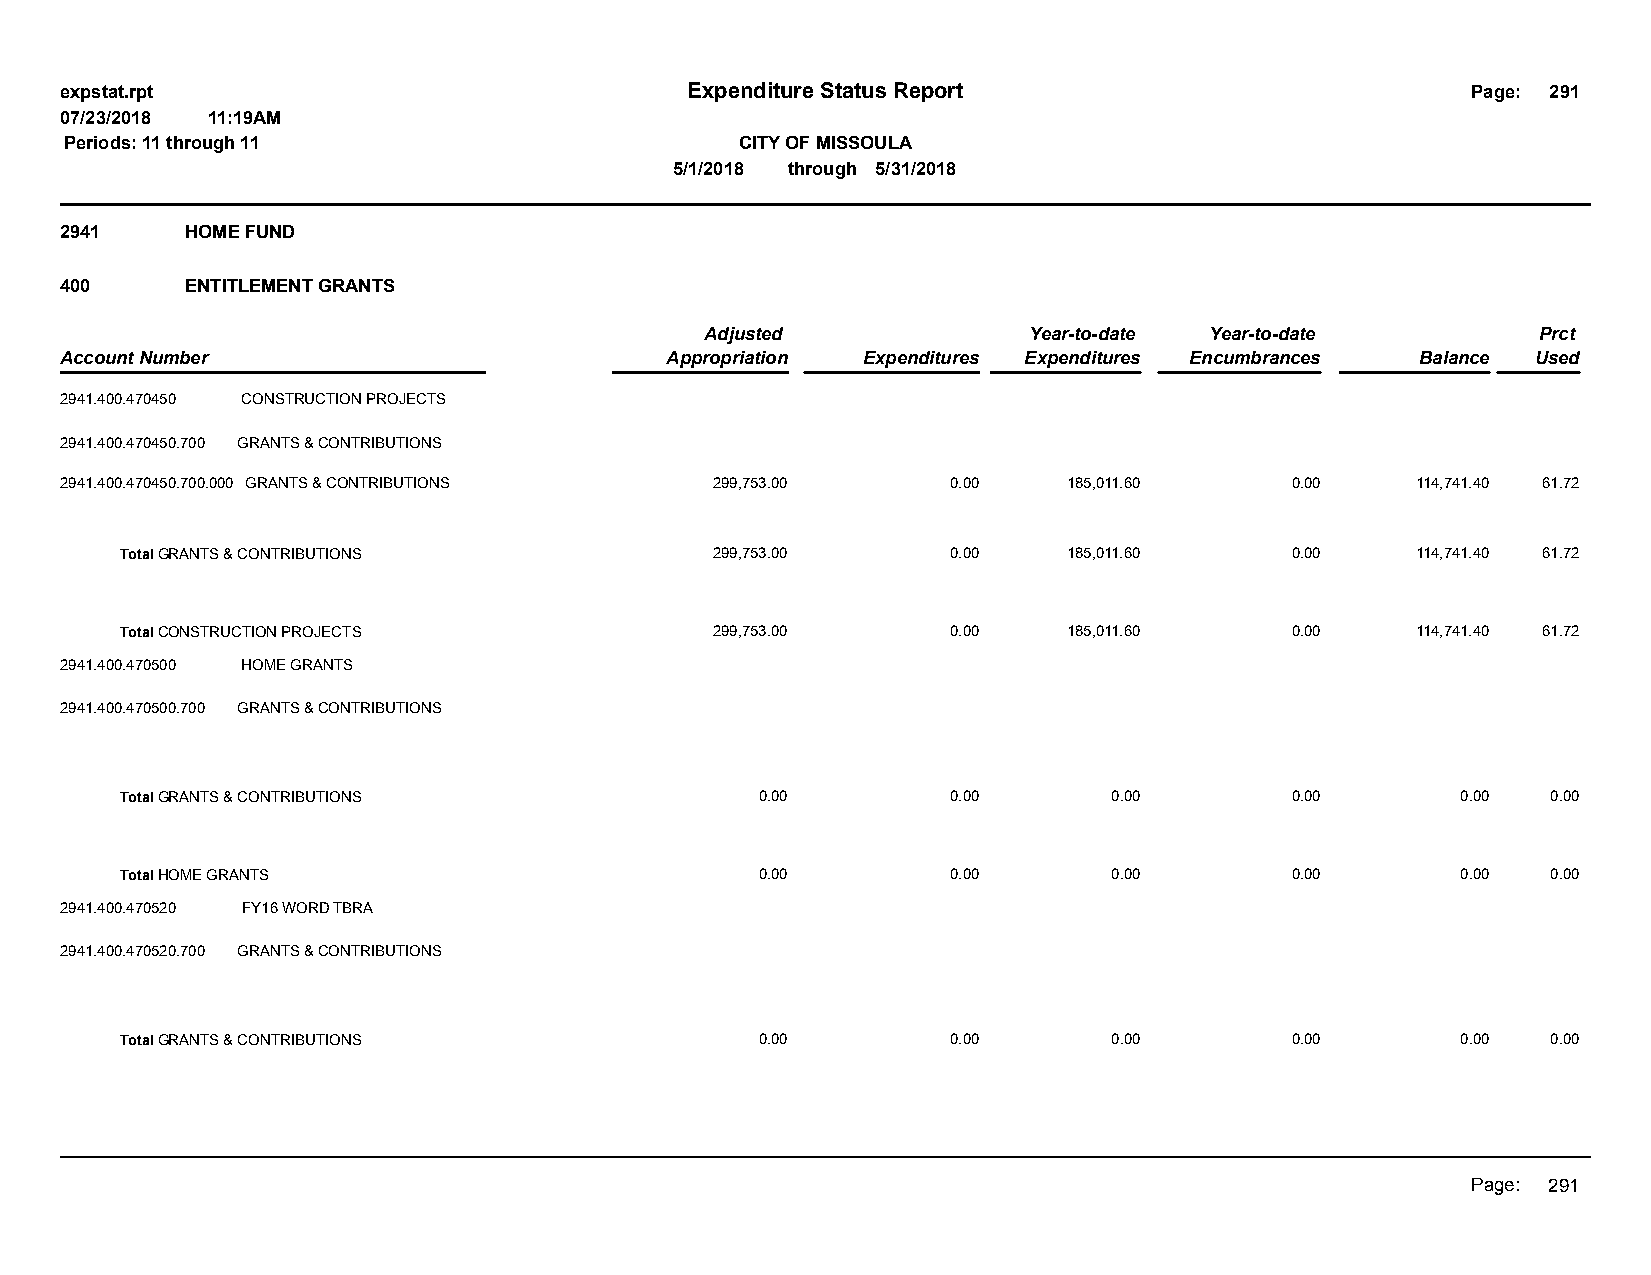
expstat.rpt                              Expenditure Status Report                           Page: 291
 07/23/2018 11:19AM
 Periods: 11 through 11                       CITY OF MISSOULA
 5/1/2018 through 5/31/2018
 2941    HOME FUND
 400     ENTITLEMENT GRANTS
 Adjusted             Year-to-date Year-to-date         Prct
 Account Number                          Appropriation Expenditures Expenditures Encumbrances Balance Used
 2941.400.470450 CONSTRUCTION PROJECTS
 2941.400.470450.700 GRANTS & CONTRIBUTIONS
 2941.400.470450.700.000 GRANTS & CONTRIBUTIONS 299,753.00  0.00    185,011.60    0.00     114,741.40 61.72
 Total GRANTS & CONTRIBUTIONS           299,753.00      0.00    185,011.60    0.00     114,741.40 61.72
 Total CONSTRUCTION PROJECTS            299,753.00      0.00    185,011.60    0.00     114,741.40 61.72
 2941.400.470500 HOME GRANTS
 2941.400.470500.700 GRANTS & CONTRIBUTIONS
 Total GRANTS & CONTRIBUTIONS              0.00         0.00       0.00       0.00        0.00  0.00
 Total HOME GRANTS                         0.00         0.00       0.00       0.00        0.00  0.00
 2941.400.470520 FY16 WORD TBRA
 2941.400.470520.700 GRANTS & CONTRIBUTIONS
 Total GRANTS & CONTRIBUTIONS              0.00         0.00       0.00       0.00        0.00  0.00
 Page: 291